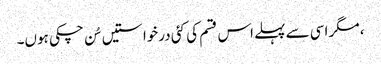
، مگر اسی سے پہلے اس قسم کی کئی درخواستیں سُن چکی ہوں۔